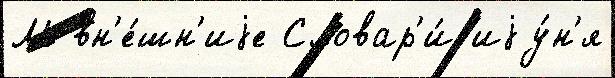
М вн'е́шн'иjе Словар'и́ иjу́н'я